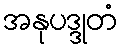
အနုပဒ္ဒုတံ